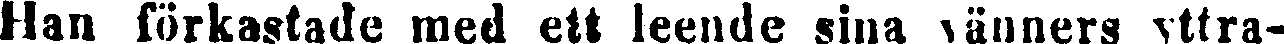
Han förkastade med ett leende sina vänners yttra-